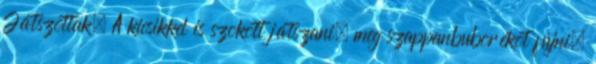
Játszottak. A kicsikkel is szokott játszani, meg szappanbuborékot fújni.